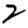
Digit: 2